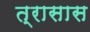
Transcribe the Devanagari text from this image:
त्रासास